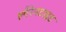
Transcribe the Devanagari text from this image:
लौरेनटाइड